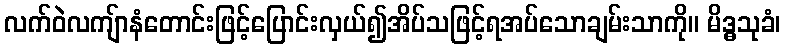
လက်ဝဲလကျ်ာနံတောင်းဖြင့်ပြောင်းလှယ်၍အိပ်သဖြင့်ရအပ်သောချမ်းသာကို။ မိဒ္ဓသုခံ၊